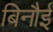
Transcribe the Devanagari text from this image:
बिनौई